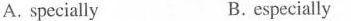
A.specially B.especially